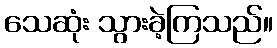
သေဆုံး သွားခဲ့ကြသည်။